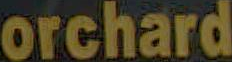
orchard